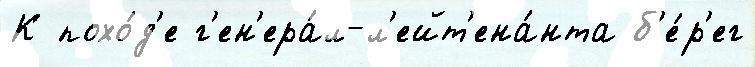
К похо́д'е г'ен'ера́л-л'ейт'ена́нта б'е́р'ег